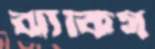
ঝাঁকিস